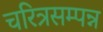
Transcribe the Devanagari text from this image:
चरित्रसम्पन्न